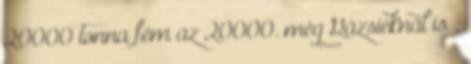
20000 tonna fém az 20000. még Gázsiéknál is :